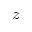
z